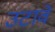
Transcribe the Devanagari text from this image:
उटावें